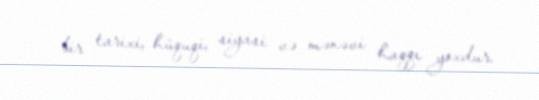
bir tarixi, hüquqi, siyasi və mənəvi haqqı yoxdur.